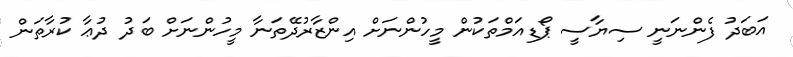
އަބަދު ފެންނަނީ ސިޔާސީ ޕޯޑިއަމްތަކުން މީހުންނަށް އިންޒާރުދޭތަނާ މީހުންނަށް ބަދު ދުޢާ ކުރާތަން